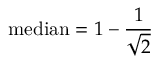
{ \mathrm { m e d i a n } } = 1 - { \frac { 1 } { \sqrt { 2 } } }